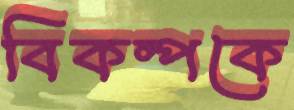
বিকল্পকে